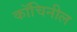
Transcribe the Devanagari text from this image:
कॉचिनील